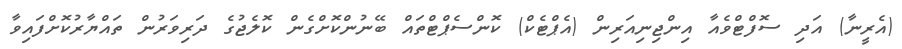
(އެރީނާ) އަދި ސޮފްޓްވެއާ އިންޖިނިއަރިން (އެޕްޓެކް) ކޮންސެޕްޓްތައް ބޭނުންކޮށްގެން ކޮލެޖުގެ ދަރިވަރުން ތައްޔާރުކޮށްފައިވާ